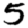
Digit: 5